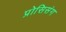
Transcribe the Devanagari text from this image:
प्रोसिसंग